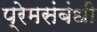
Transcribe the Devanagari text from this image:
प्रेमसंबंधी